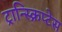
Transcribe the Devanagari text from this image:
ट्रान्स्क्रिप्टेस